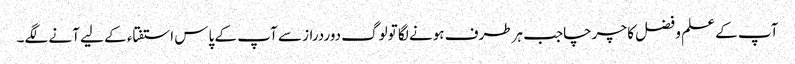
آپ کے علم و فضل کا چرچاجب ہرطرف ہونے لگا تولوگ دوردراز سے آپ کے پاس استفتاء کے لیے آنے لگے۔